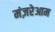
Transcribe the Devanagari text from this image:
मंज़रेआम